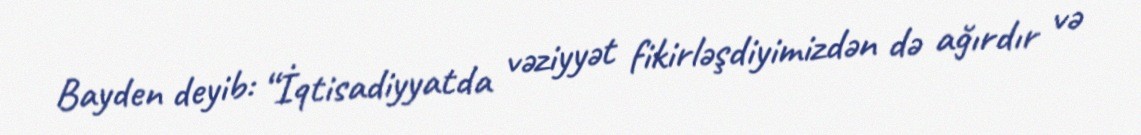
Bayden deyib: “İqtisadiyyatda vəziyyət fikirləşdiyimizdən də ağırdır və